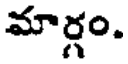
మార్గం.